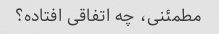
مطمئنی، چه اتفاقی افتاده؟